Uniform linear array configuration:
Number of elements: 12
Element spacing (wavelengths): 0.75
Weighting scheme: cosine
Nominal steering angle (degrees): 45
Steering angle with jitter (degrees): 43.693
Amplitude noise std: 0.05
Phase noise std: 0.05

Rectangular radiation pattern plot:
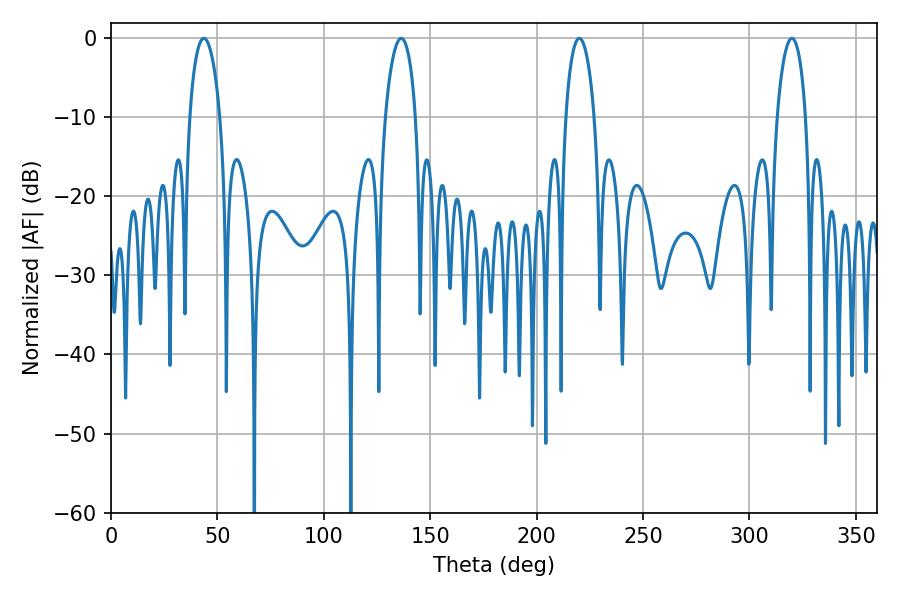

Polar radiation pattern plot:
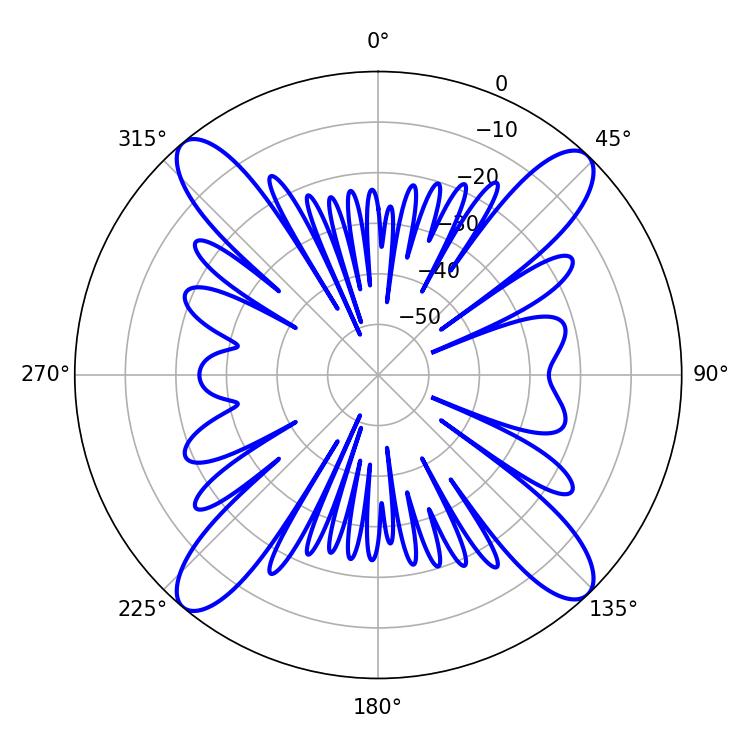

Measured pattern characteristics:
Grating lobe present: TRUE
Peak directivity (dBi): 19.006
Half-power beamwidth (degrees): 8.1
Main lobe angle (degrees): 43.56